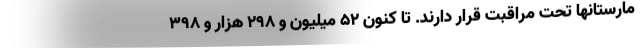
مارستانها تحت مراقبت قرار دارند. تا کنون ۵۲ میلیون و ۲۹۸ هزار و ۳۹۸